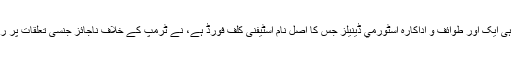
اس سے قبل مارچ میں ہی ایک اور طوائف و اداکارہ اسٹورمي ڈینيلز جس کا اصل نام اسٹیفنی کلف فورڈ ہے، نے ٹرمپ کے خلاف ناجائز جنسی تعلقات پر رپورٹ درج کرائی تھی۔